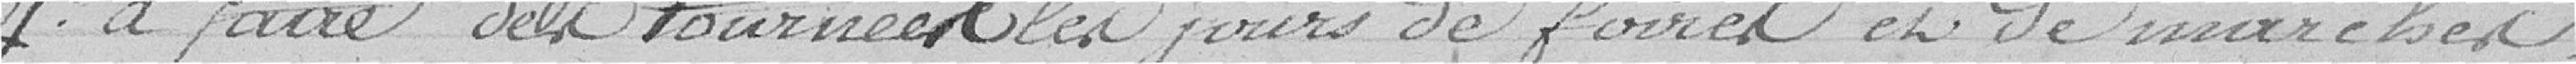
4° à faire deux tournées les jours de foire et de marchés ;